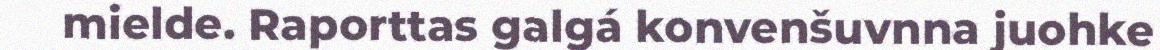
mielde. Raporttas galgá konvenšuvnna juohke